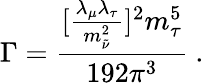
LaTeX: \Gamma=\displaystyle\frac{[\frac{\lambda_{\mu}\lambda_{\tau}}{m_{\tilde{\nu}}^{2}}]^{2}m_{\tau}^{5}}{192\pi^{3}}~.